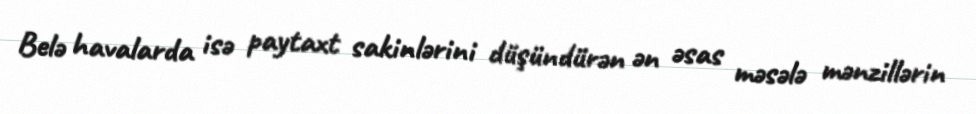
Belə havalarda isə paytaxt sakinlərini düşündürən ən əsas məsələ mənzillərin